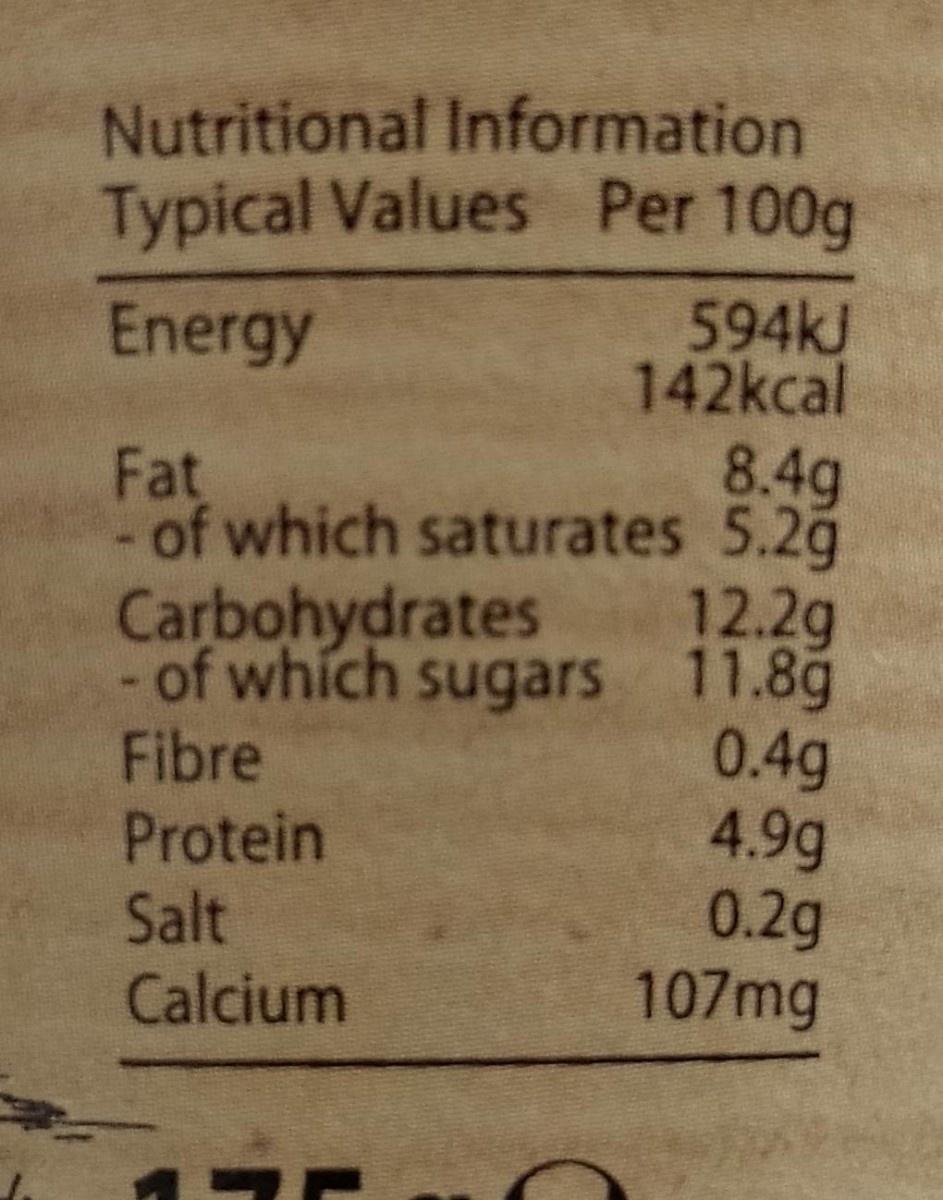
Nutritional Information Typical Values Per 100g 594KJ 142kcal 8.4g of which saturates 5.2g 12.2g - of which sugars 11.8g 0.4g 4.9g 0.2g 107mg Energy Fat Carbohydrates Fibre Protein Salt Calcium